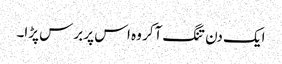
ایک دن تنگ آکر وہ اس پر برس پڑا۔